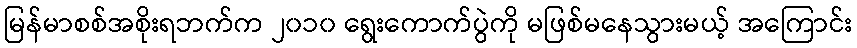
မြန်မာစစ်အစိုးရဘက်က ၂၀၁၀ ရွေးကောက်ပွဲကို မဖြစ်မနေသွားမယ့် အကြောင်း